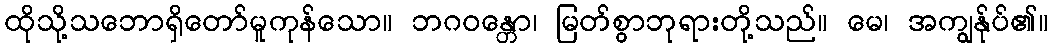
ထိုသို့သဘောရှိတော်မူကုန်သော။ ဘဂဝန္တော၊ မြတ်စွာဘုရားတို့သည်။ မေ၊ အကျွန်ုပ်၏။